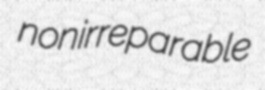
nonirreparable